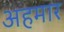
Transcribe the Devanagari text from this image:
अहमार